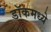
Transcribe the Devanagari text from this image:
डॉकमध्ये